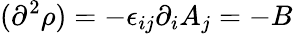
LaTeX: (\partial^{2}\rho)=-\epsilon_{ij}\partial_{i}A_{j}=-B